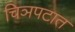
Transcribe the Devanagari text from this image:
चिञपटात